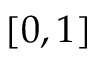
[ 0 , 1 ]